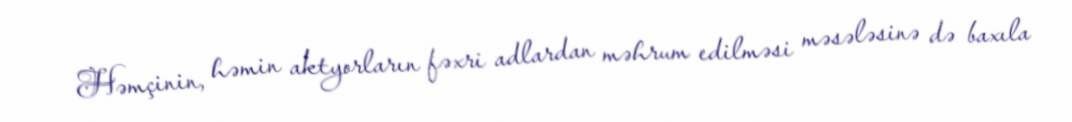
Həmçinin, həmin aktyorların fəxri adlardan məhrum edilməsi məsələsinə də baxıla